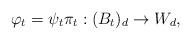
LaTeX: \begin{align*}\varphi_t = \psi_t \pi_t : (B_t)_d \to W_d,\end{align*}